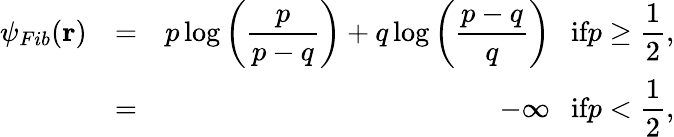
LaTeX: \begin{array}{rlr}{\psi_{Fib}(\mathbf{r})}&{=}&{p\log\displaystyle\left(\frac{p}{p-q}\right)+q\log\displaystyle\left(\frac{p-q}{q}\right)~~~\textnormal{if}p\geq\displaystyle\frac{1}{2},}\\ &{=}&{-\infty~~~\textnormal{if}p<\displaystyle\frac{1}{2},}\end{array}